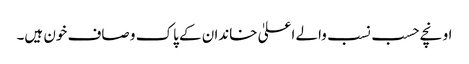
اونچے حسب نسب والے اعلیٰ خاندان کے پاک و صاف خون ہیں۔